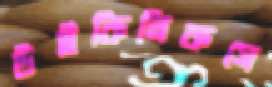
উইকিলিকসে